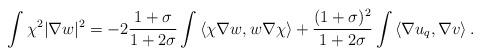
LaTeX: \begin{align*}\int\chi^2 |\nabla w|^2 = -2\frac{1+\sigma}{1+2\sigma} \int \left<\chi\nabla w,w\nabla \chi\right>+ \frac{(1+\sigma)^2}{1+2\sigma} \int \left<\nabla u_q, \nabla v\right>.\end{align*}